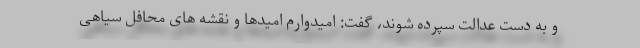
و به دست عدالت سپرده شوند، گفت: امیدوارم امیدها و نقشه های محافل سیاهی